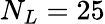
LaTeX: N_{L}=25